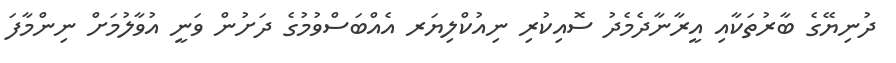
ދުނިޔޭގެ ބާރުތަކާއި އީރާނާދެމެދު ސޮއިކުރި ނިއުކްލިޔަރ އެއްބަސްވުމުގެ ދަށުން ވަނީ އުވާލުމަށް ނިންމާފަ